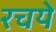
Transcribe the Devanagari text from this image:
रचये